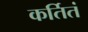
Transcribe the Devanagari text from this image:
कर्तितं